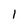
Character: 1